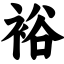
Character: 裕